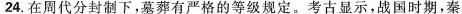
24.在周代分封制下，墓葬有严格的等级规定。考古显示，战国时期，秦